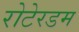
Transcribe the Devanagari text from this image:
रोटेरडम